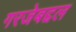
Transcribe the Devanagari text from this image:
गरजेबद्दल